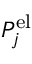
P _ { j } ^ { \mathrm { e l } }